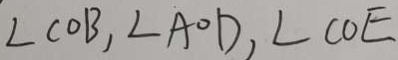
\angle C O B , \angle A O D , \angle C O E